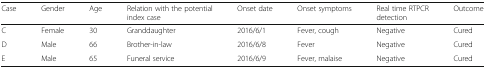
| Case | Gender | Age | Relation with the potential index case | Onset date | Onset symptoms | Real time RTPCR detection | Outcome |
 | --- | --- | --- | --- | --- | --- | --- | --- |
 | C | Female | 30 | Granddaughter | 2016/6/1 | Fever, cough | Negative | Cured |
 | D | Male | 66 | Brother-in-law | 2016/6/8 | Fever | Negative | Cured |
 | E | Male | 65 | Funeral service | 2016/6/9 | Fever, malaise | Negative | Cured |